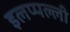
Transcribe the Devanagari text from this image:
इलप्पल्ली